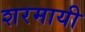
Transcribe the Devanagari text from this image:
शरमायी